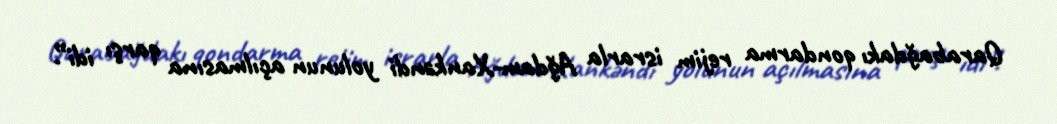
Qarabağdakı qondarma rejim israrla Ağdam-Xankəndi yolunun açılmasına qarşı idi”.